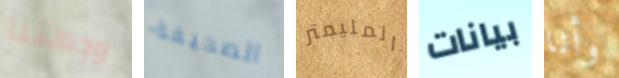
وجهتنا الصحيفة المليمتر بيانات وأنا